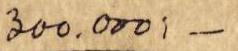
300.000:-